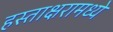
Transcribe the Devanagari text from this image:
हस्ताक्षरामध्ये